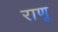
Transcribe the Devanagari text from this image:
राणू